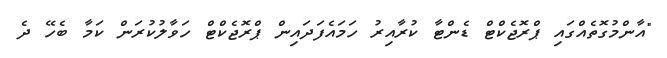
"އާންމުގޮތެއްގައި ޕްރޮޖެކްޓް ޑެންޓާ ކުރާއިރު ހަމައެފަދައިން ޕްރޮޖެކްޓް ހަވާލުކުރަން ކަމާ ބެހޭ ދެ